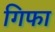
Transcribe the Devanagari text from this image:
गिफा